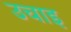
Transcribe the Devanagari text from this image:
उचाइ